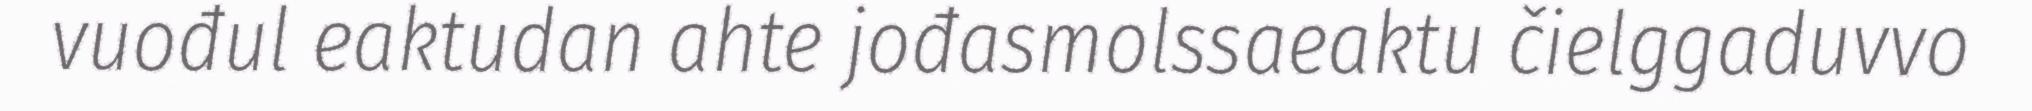
vuođul eaktudan ahte jođasmolssaeaktu čielggaduvvo